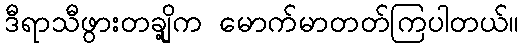
ဒီရာသီဖွားတချို့က မောက်မာတတ်ကြပါတယ်။